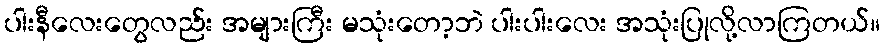
ပါးနီလေးတွေလည်း အများကြီး မသုံးတော့ဘဲ ပါးပါးလေး အသုံးပြုလို့လာကြတယ်။